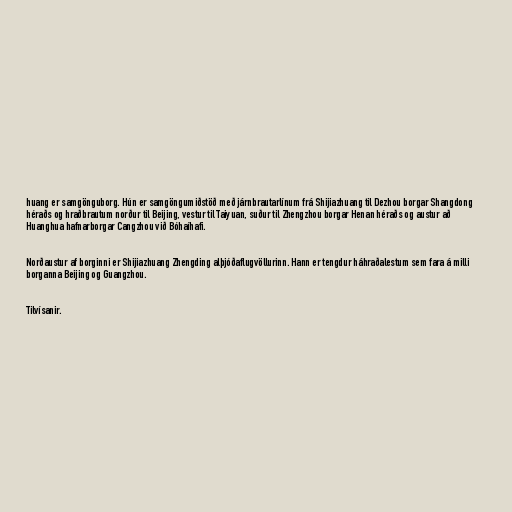
huang er samgönguborg. Hún er samgöngumiðstöð með járnbrautarlínum frá Shijiazhuang til Dezhou borgar Shangdong
héraðs og hraðbrautum norður til Beijing, vestur til Taiyuan, suður til Zhengzhou borgar Henan héraðs og austur að
Huanghua hafnarborgar Cangzhou við Bóhaíhafi.

Norðaustur af borginni er Shijiazhuang Zhengding alþjóðaflugvöllurinn. Hann er tengdur háhraðalestum sem fara á milli
borganna Beijing og Guangzhou.

Tilvísanir.